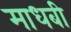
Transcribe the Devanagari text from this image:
माधबी